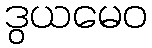
ဒွယမေဝ